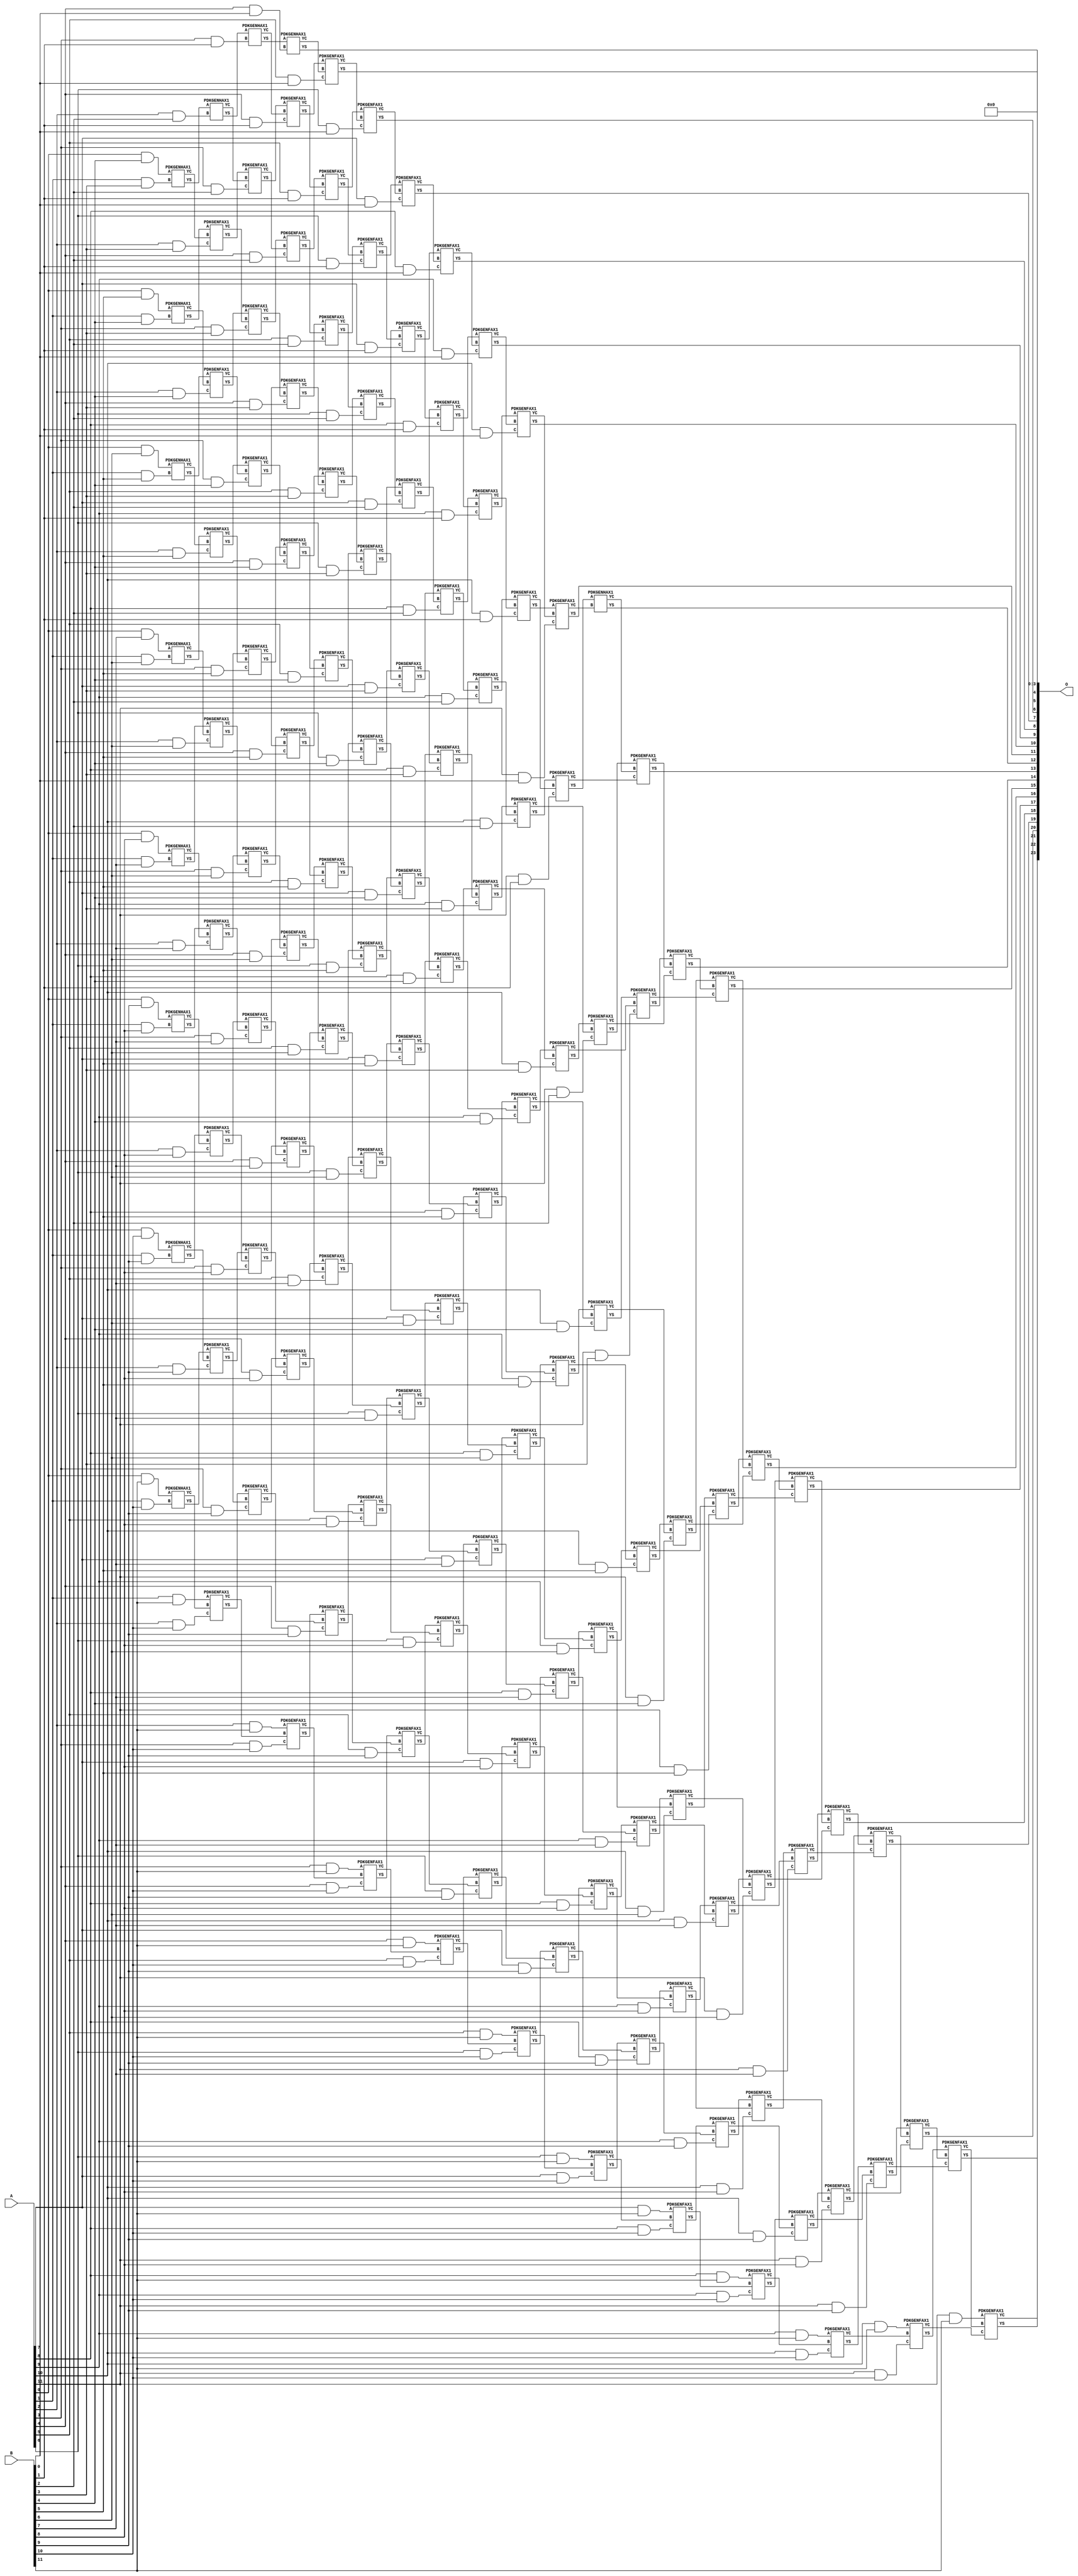
/***
* This code is a part of EvoApproxLib library (ehw.fit.vutbr.cz/approxlib) distributed under The MIT License.
* When used, please cite the following article(s): V. Mrazek, Z. Vasicek, L. Sekanina, H. Jiang and J. Han, "Scalable Construction of Approximate Multipliers With Formally Guaranteed Worst Case Error" in IEEE Transactions on Very Large Scale Integration (VLSI) Systems, vol. 26, no. 11, pp. 2572-2576, Nov. 2018. doi: 10.1109/TVLSI.2018.2856362 
* This file contains a circuit from a sub-set of pareto optimal circuits with respect to the pwr and mre parameters
***/
// MAE% = 0.000073 %
// MAE = 12 
// WCE% = 0.00029 %
// WCE = 49 
// WCRE% = 100.00 %
// EP% = 81.25 %
// MRE% = 0.005 %
// MSE = 248 
// PDK45_PWR = 1.120 mW
// PDK45_AREA = 1514.9 um2
// PDK45_DELAY = 2.25 ns


module mul12u_2EE ( A, B, O );
  input [11:0] A;
  input [11:0] B;
  output [23:0] O;

  wire C_10_0,C_10_1,C_10_10,C_10_2,C_10_3,C_10_4,C_10_5,C_10_6,C_10_7,C_10_8,C_10_9,C_11_0,C_11_1,C_11_10,C_11_2,C_11_3,C_11_4,C_11_5,C_11_6,C_11_7,C_11_8,C_11_9,C_12_0,C_12_1,C_12_10,C_12_2,C_12_3,C_12_4,C_12_5,C_12_6,C_12_7,C_12_8,C_12_9,C_1_10,C_1_3,C_1_4,C_1_5,C_1_6,C_1_7,C_1_8,C_1_9,C_2_10,C_2_2,C_2_3,C_2_4,C_2_5,C_2_6,C_2_7,C_2_8,C_2_9,C_3_1,C_3_10,C_3_2,C_3_3,C_3_4,C_3_5,C_3_6,C_3_7,C_3_8,C_3_9,C_4_0,C_4_1,C_4_10,C_4_2,C_4_3,C_4_4,C_4_5,C_4_6,C_4_7,C_4_8,C_4_9,C_5_0,C_5_1,C_5_10,C_5_2,C_5_3,C_5_4,C_5_5,C_5_6,C_5_7,C_5_8,C_5_9,C_6_0,C_6_1,C_6_10,C_6_2,C_6_3,C_6_4,C_6_5,C_6_6,C_6_7,C_6_8,C_6_9,C_7_0,C_7_1,C_7_10,C_7_2,C_7_3,C_7_4,C_7_5,C_7_6,C_7_7,C_7_8,C_7_9,C_8_0,C_8_1,C_8_10,C_8_2,C_8_3,C_8_4,C_8_5,C_8_6,C_8_7,C_8_8,C_8_9,C_9_0,C_9_1,C_9_10,C_9_2,C_9_3,C_9_4,C_9_5,C_9_6,C_9_7,C_9_8,C_9_9,S_0_10,S_0_11,S_0_4,S_0_5,S_0_6,S_0_7,S_0_8,S_0_9,S_10_0,S_10_1,S_10_10,S_10_11,S_10_2,S_10_3,S_10_4,S_10_5,S_10_6,S_10_7,S_10_8,S_10_9,S_11_0,S_11_1,S_11_10,S_11_11,S_11_2,S_11_3,S_11_4,S_11_5,S_11_6,S_11_7,S_11_8,S_11_9,S_12_0,S_12_1,S_12_10,S_12_11,S_12_2,S_12_3,S_12_4,S_12_5,S_12_6,S_12_7,S_12_8,S_12_9,S_1_10,S_1_11,S_1_3,S_1_4,S_1_5,S_1_6,S_1_7,S_1_8,S_1_9,S_2_10,S_2_11,S_2_2,S_2_3,S_2_4,S_2_5,S_2_6,S_2_7,S_2_8,S_2_9,S_3_1,S_3_10,S_3_11,S_3_2,S_3_3,S_3_4,S_3_5,S_3_6,S_3_7,S_3_8,S_3_9,S_4_0,S_4_1,S_4_10,S_4_11,S_4_2,S_4_3,S_4_4,S_4_5,S_4_6,S_4_7,S_4_8,S_4_9,S_5_0,S_5_1,S_5_10,S_5_11,S_5_2,S_5_3,S_5_4,S_5_5,S_5_6,S_5_7,S_5_8,S_5_9,S_6_0,S_6_1,S_6_10,S_6_11,S_6_2,S_6_3,S_6_4,S_6_5,S_6_6,S_6_7,S_6_8,S_6_9,S_7_0,S_7_1,S_7_10,S_7_11,S_7_2,S_7_3,S_7_4,S_7_5,S_7_6,S_7_7,S_7_8,S_7_9,S_8_0,S_8_1,S_8_10,S_8_11,S_8_2,S_8_3,S_8_4,S_8_5,S_8_6,S_8_7,S_8_8,S_8_9,S_9_0,S_9_1,S_9_10,S_9_11,S_9_2,S_9_3,S_9_4,S_9_5,S_9_6,S_9_7,S_9_8,S_9_9;

  assign S_0_4 = (A[0] & B[4]);
  assign S_0_5 = (A[0] & B[5]);
  assign S_0_6 = (A[0] & B[6]);
  assign S_0_7 = (A[0] & B[7]);
  assign S_0_8 = (A[0] & B[8]);
  assign S_0_9 = (A[0] & B[9]);
  assign S_0_10 = (A[0] & B[10]);
  assign S_0_11 = (A[0] & B[11]);
  PDKGENHAX1 U13360 (.A(S_0_4), .B((A[1] & B[3])), .YS(S_1_3), .YC(C_1_3));
  PDKGENHAX1 U13361 (.A(S_0_5), .B((A[1] & B[4])), .YS(S_1_4), .YC(C_1_4));
  PDKGENHAX1 U13362 (.A(S_0_6), .B((A[1] & B[5])), .YS(S_1_5), .YC(C_1_5));
  PDKGENHAX1 U13363 (.A(S_0_7), .B((A[1] & B[6])), .YS(S_1_6), .YC(C_1_6));
  PDKGENHAX1 U13364 (.A(S_0_8), .B((A[1] & B[7])), .YS(S_1_7), .YC(C_1_7));
  PDKGENHAX1 U13365 (.A(S_0_9), .B((A[1] & B[8])), .YS(S_1_8), .YC(C_1_8));
  PDKGENHAX1 U13366 (.A(S_0_10), .B((A[1] & B[9])), .YS(S_1_9), .YC(C_1_9));
  PDKGENHAX1 U13367 (.A(S_0_11), .B((A[1] & B[10])), .YS(S_1_10), .YC(C_1_10));
  assign S_1_11 = (A[1] & B[11]);
  PDKGENHAX1 U13371 (.A(S_1_3), .B((A[2] & B[2])), .YS(S_2_2), .YC(C_2_2));
  PDKGENFAX1 U13372 (.A(S_1_4), .B(C_1_3), .C((A[2] & B[3])), .YS(S_2_3), .YC(C_2_3));
  PDKGENFAX1 U13373 (.A(S_1_5), .B(C_1_4), .C((A[2] & B[4])), .YS(S_2_4), .YC(C_2_4));
  PDKGENFAX1 U13374 (.A(S_1_6), .B(C_1_5), .C((A[2] & B[5])), .YS(S_2_5), .YC(C_2_5));
  PDKGENFAX1 U13375 (.A(S_1_7), .B(C_1_6), .C((A[2] & B[6])), .YS(S_2_6), .YC(C_2_6));
  PDKGENFAX1 U13376 (.A(S_1_8), .B(C_1_7), .C((A[2] & B[7])), .YS(S_2_7), .YC(C_2_7));
  PDKGENFAX1 U13377 (.A(S_1_9), .B(C_1_8), .C((A[2] & B[8])), .YS(S_2_8), .YC(C_2_8));
  PDKGENFAX1 U13378 (.A(S_1_10), .B(C_1_9), .C((A[2] & B[9])), .YS(S_2_9), .YC(C_2_9));
  PDKGENFAX1 U13379 (.A(S_1_11), .B(C_1_10), .C((A[2] & B[10])), .YS(S_2_10), .YC(C_2_10));
  assign S_2_11 = (A[2] & B[11]);
  PDKGENHAX1 U13382 (.A(S_2_2), .B((A[3] & B[1])), .YS(S_3_1), .YC(C_3_1));
  PDKGENFAX1 U13383 (.A(S_2_3), .B(C_2_2), .C((A[3] & B[2])), .YS(S_3_2), .YC(C_3_2));
  PDKGENFAX1 U13384 (.A(S_2_4), .B(C_2_3), .C((A[3] & B[3])), .YS(S_3_3), .YC(C_3_3));
  PDKGENFAX1 U13385 (.A(S_2_5), .B(C_2_4), .C((A[3] & B[4])), .YS(S_3_4), .YC(C_3_4));
  PDKGENFAX1 U13386 (.A(S_2_6), .B(C_2_5), .C((A[3] & B[5])), .YS(S_3_5), .YC(C_3_5));
  PDKGENFAX1 U13387 (.A(S_2_7), .B(C_2_6), .C((A[3] & B[6])), .YS(S_3_6), .YC(C_3_6));
  PDKGENFAX1 U13388 (.A(S_2_8), .B(C_2_7), .C((A[3] & B[7])), .YS(S_3_7), .YC(C_3_7));
  PDKGENFAX1 U13389 (.A(S_2_9), .B(C_2_8), .C((A[3] & B[8])), .YS(S_3_8), .YC(C_3_8));
  PDKGENFAX1 U13390 (.A(S_2_10), .B(C_2_9), .C((A[3] & B[9])), .YS(S_3_9), .YC(C_3_9));
  PDKGENFAX1 U13391 (.A(S_2_11), .B(C_2_10), .C((A[3] & B[10])), .YS(S_3_10), .YC(C_3_10));
  assign S_3_11 = (A[3] & B[11]);
  PDKGENHAX1 U13393 (.A(S_3_1), .B((A[4] & B[0])), .YS(S_4_0), .YC(C_4_0));
  PDKGENFAX1 U13394 (.A(S_3_2), .B(C_3_1), .C((A[4] & B[1])), .YS(S_4_1), .YC(C_4_1));
  PDKGENFAX1 U13395 (.A(S_3_3), .B(C_3_2), .C((A[4] & B[2])), .YS(S_4_2), .YC(C_4_2));
  PDKGENFAX1 U13396 (.A(S_3_4), .B(C_3_3), .C((A[4] & B[3])), .YS(S_4_3), .YC(C_4_3));
  PDKGENFAX1 U13397 (.A(S_3_5), .B(C_3_4), .C((A[4] & B[4])), .YS(S_4_4), .YC(C_4_4));
  PDKGENFAX1 U13398 (.A(S_3_6), .B(C_3_5), .C((A[4] & B[5])), .YS(S_4_5), .YC(C_4_5));
  PDKGENFAX1 U13399 (.A(S_3_7), .B(C_3_6), .C((A[4] & B[6])), .YS(S_4_6), .YC(C_4_6));
  PDKGENFAX1 U13400 (.A(S_3_8), .B(C_3_7), .C((A[4] & B[7])), .YS(S_4_7), .YC(C_4_7));
  PDKGENFAX1 U13401 (.A(S_3_9), .B(C_3_8), .C((A[4] & B[8])), .YS(S_4_8), .YC(C_4_8));
  PDKGENFAX1 U13402 (.A(S_3_10), .B(C_3_9), .C((A[4] & B[9])), .YS(S_4_9), .YC(C_4_9));
  PDKGENFAX1 U13403 (.A(S_3_11), .B(C_3_10), .C((A[4] & B[10])), .YS(S_4_10), .YC(C_4_10));
  assign S_4_11 = (A[4] & B[11]);
  PDKGENFAX1 U13405 (.A(S_4_1), .B(C_4_0), .C((A[5] & B[0])), .YS(S_5_0), .YC(C_5_0));
  PDKGENFAX1 U13406 (.A(S_4_2), .B(C_4_1), .C((A[5] & B[1])), .YS(S_5_1), .YC(C_5_1));
  PDKGENFAX1 U13407 (.A(S_4_3), .B(C_4_2), .C((A[5] & B[2])), .YS(S_5_2), .YC(C_5_2));
  PDKGENFAX1 U13408 (.A(S_4_4), .B(C_4_3), .C((A[5] & B[3])), .YS(S_5_3), .YC(C_5_3));
  PDKGENFAX1 U13409 (.A(S_4_5), .B(C_4_4), .C((A[5] & B[4])), .YS(S_5_4), .YC(C_5_4));
  PDKGENFAX1 U13410 (.A(S_4_6), .B(C_4_5), .C((A[5] & B[5])), .YS(S_5_5), .YC(C_5_5));
  PDKGENFAX1 U13411 (.A(S_4_7), .B(C_4_6), .C((A[5] & B[6])), .YS(S_5_6), .YC(C_5_6));
  PDKGENFAX1 U13412 (.A(S_4_8), .B(C_4_7), .C((A[5] & B[7])), .YS(S_5_7), .YC(C_5_7));
  PDKGENFAX1 U13413 (.A(S_4_9), .B(C_4_8), .C((A[5] & B[8])), .YS(S_5_8), .YC(C_5_8));
  PDKGENFAX1 U13414 (.A(S_4_10), .B(C_4_9), .C((A[5] & B[9])), .YS(S_5_9), .YC(C_5_9));
  PDKGENFAX1 U13415 (.A(S_4_11), .B(C_4_10), .C((A[5] & B[10])), .YS(S_5_10), .YC(C_5_10));
  assign S_5_11 = (A[5] & B[11]);
  PDKGENFAX1 U13417 (.A(S_5_1), .B(C_5_0), .C((A[6] & B[0])), .YS(S_6_0), .YC(C_6_0));
  PDKGENFAX1 U13418 (.A(S_5_2), .B(C_5_1), .C((A[6] & B[1])), .YS(S_6_1), .YC(C_6_1));
  PDKGENFAX1 U13419 (.A(S_5_3), .B(C_5_2), .C((A[6] & B[2])), .YS(S_6_2), .YC(C_6_2));
  PDKGENFAX1 U13420 (.A(S_5_4), .B(C_5_3), .C((A[6] & B[3])), .YS(S_6_3), .YC(C_6_3));
  PDKGENFAX1 U13421 (.A(S_5_5), .B(C_5_4), .C((A[6] & B[4])), .YS(S_6_4), .YC(C_6_4));
  PDKGENFAX1 U13422 (.A(S_5_6), .B(C_5_5), .C((A[6] & B[5])), .YS(S_6_5), .YC(C_6_5));
  PDKGENFAX1 U13423 (.A(S_5_7), .B(C_5_6), .C((A[6] & B[6])), .YS(S_6_6), .YC(C_6_6));
  PDKGENFAX1 U13424 (.A(S_5_8), .B(C_5_7), .C((A[6] & B[7])), .YS(S_6_7), .YC(C_6_7));
  PDKGENFAX1 U13425 (.A(S_5_9), .B(C_5_8), .C((A[6] & B[8])), .YS(S_6_8), .YC(C_6_8));
  PDKGENFAX1 U13426 (.A(S_5_10), .B(C_5_9), .C((A[6] & B[9])), .YS(S_6_9), .YC(C_6_9));
  PDKGENFAX1 U13427 (.A(S_5_11), .B(C_5_10), .C((A[6] & B[10])), .YS(S_6_10), .YC(C_6_10));
  assign S_6_11 = (A[6] & B[11]);
  PDKGENFAX1 U13429 (.A(S_6_1), .B(C_6_0), .C((A[7] & B[0])), .YS(S_7_0), .YC(C_7_0));
  PDKGENFAX1 U13430 (.A(S_6_2), .B(C_6_1), .C((A[7] & B[1])), .YS(S_7_1), .YC(C_7_1));
  PDKGENFAX1 U13431 (.A(S_6_3), .B(C_6_2), .C((A[7] & B[2])), .YS(S_7_2), .YC(C_7_2));
  PDKGENFAX1 U13432 (.A(S_6_4), .B(C_6_3), .C((A[7] & B[3])), .YS(S_7_3), .YC(C_7_3));
  PDKGENFAX1 U13433 (.A(S_6_5), .B(C_6_4), .C((A[7] & B[4])), .YS(S_7_4), .YC(C_7_4));
  PDKGENFAX1 U13434 (.A(S_6_6), .B(C_6_5), .C((A[7] & B[5])), .YS(S_7_5), .YC(C_7_5));
  PDKGENFAX1 U13435 (.A(S_6_7), .B(C_6_6), .C((A[7] & B[6])), .YS(S_7_6), .YC(C_7_6));
  PDKGENFAX1 U13436 (.A(S_6_8), .B(C_6_7), .C((A[7] & B[7])), .YS(S_7_7), .YC(C_7_7));
  PDKGENFAX1 U13437 (.A(S_6_9), .B(C_6_8), .C((A[7] & B[8])), .YS(S_7_8), .YC(C_7_8));
  PDKGENFAX1 U13438 (.A(S_6_10), .B(C_6_9), .C((A[7] & B[9])), .YS(S_7_9), .YC(C_7_9));
  PDKGENFAX1 U13439 (.A(S_6_11), .B(C_6_10), .C((A[7] & B[10])), .YS(S_7_10), .YC(C_7_10));
  assign S_7_11 = (A[7] & B[11]);
  PDKGENFAX1 U13441 (.A(S_7_1), .B(C_7_0), .C((A[8] & B[0])), .YS(S_8_0), .YC(C_8_0));
  PDKGENFAX1 U13442 (.A(S_7_2), .B(C_7_1), .C((A[8] & B[1])), .YS(S_8_1), .YC(C_8_1));
  PDKGENFAX1 U13443 (.A(S_7_3), .B(C_7_2), .C((A[8] & B[2])), .YS(S_8_2), .YC(C_8_2));
  PDKGENFAX1 U13444 (.A(S_7_4), .B(C_7_3), .C((A[8] & B[3])), .YS(S_8_3), .YC(C_8_3));
  PDKGENFAX1 U13445 (.A(S_7_5), .B(C_7_4), .C((A[8] & B[4])), .YS(S_8_4), .YC(C_8_4));
  PDKGENFAX1 U13446 (.A(S_7_6), .B(C_7_5), .C((A[8] & B[5])), .YS(S_8_5), .YC(C_8_5));
  PDKGENFAX1 U13447 (.A(S_7_7), .B(C_7_6), .C((A[8] & B[6])), .YS(S_8_6), .YC(C_8_6));
  PDKGENFAX1 U13448 (.A(S_7_8), .B(C_7_7), .C((A[8] & B[7])), .YS(S_8_7), .YC(C_8_7));
  PDKGENFAX1 U13449 (.A(S_7_9), .B(C_7_8), .C((A[8] & B[8])), .YS(S_8_8), .YC(C_8_8));
  PDKGENFAX1 U13450 (.A(S_7_10), .B(C_7_9), .C((A[8] & B[9])), .YS(S_8_9), .YC(C_8_9));
  PDKGENFAX1 U13451 (.A(S_7_11), .B(C_7_10), .C((A[8] & B[10])), .YS(S_8_10), .YC(C_8_10));
  assign S_8_11 = (A[8] & B[11]);
  PDKGENFAX1 U13453 (.A(S_8_1), .B(C_8_0), .C((A[9] & B[0])), .YS(S_9_0), .YC(C_9_0));
  PDKGENFAX1 U13454 (.A(S_8_2), .B(C_8_1), .C((A[9] & B[1])), .YS(S_9_1), .YC(C_9_1));
  PDKGENFAX1 U13455 (.A(S_8_3), .B(C_8_2), .C((A[9] & B[2])), .YS(S_9_2), .YC(C_9_2));
  PDKGENFAX1 U13456 (.A(S_8_4), .B(C_8_3), .C((A[9] & B[3])), .YS(S_9_3), .YC(C_9_3));
  PDKGENFAX1 U13457 (.A(S_8_5), .B(C_8_4), .C((A[9] & B[4])), .YS(S_9_4), .YC(C_9_4));
  PDKGENFAX1 U13458 (.A(S_8_6), .B(C_8_5), .C((A[9] & B[5])), .YS(S_9_5), .YC(C_9_5));
  PDKGENFAX1 U13459 (.A(S_8_7), .B(C_8_6), .C((A[9] & B[6])), .YS(S_9_6), .YC(C_9_6));
  PDKGENFAX1 U13460 (.A(S_8_8), .B(C_8_7), .C((A[9] & B[7])), .YS(S_9_7), .YC(C_9_7));
  PDKGENFAX1 U13461 (.A(S_8_9), .B(C_8_8), .C((A[9] & B[8])), .YS(S_9_8), .YC(C_9_8));
  PDKGENFAX1 U13462 (.A(S_8_10), .B(C_8_9), .C((A[9] & B[9])), .YS(S_9_9), .YC(C_9_9));
  PDKGENFAX1 U13463 (.A(S_8_11), .B(C_8_10), .C((A[9] & B[10])), .YS(S_9_10), .YC(C_9_10));
  assign S_9_11 = (A[9] & B[11]);
  PDKGENFAX1 U13465 (.A(S_9_1), .B(C_9_0), .C((A[10] & B[0])), .YS(S_10_0), .YC(C_10_0));
  PDKGENFAX1 U13466 (.A(S_9_2), .B(C_9_1), .C((A[10] & B[1])), .YS(S_10_1), .YC(C_10_1));
  PDKGENFAX1 U13467 (.A(S_9_3), .B(C_9_2), .C((A[10] & B[2])), .YS(S_10_2), .YC(C_10_2));
  PDKGENFAX1 U13468 (.A(S_9_4), .B(C_9_3), .C((A[10] & B[3])), .YS(S_10_3), .YC(C_10_3));
  PDKGENFAX1 U13469 (.A(S_9_5), .B(C_9_4), .C((A[10] & B[4])), .YS(S_10_4), .YC(C_10_4));
  PDKGENFAX1 U13470 (.A(S_9_6), .B(C_9_5), .C((A[10] & B[5])), .YS(S_10_5), .YC(C_10_5));
  PDKGENFAX1 U13471 (.A(S_9_7), .B(C_9_6), .C((A[10] & B[6])), .YS(S_10_6), .YC(C_10_6));
  PDKGENFAX1 U13472 (.A(S_9_8), .B(C_9_7), .C((A[10] & B[7])), .YS(S_10_7), .YC(C_10_7));
  PDKGENFAX1 U13473 (.A(S_9_9), .B(C_9_8), .C((A[10] & B[8])), .YS(S_10_8), .YC(C_10_8));
  PDKGENFAX1 U13474 (.A(S_9_10), .B(C_9_9), .C((A[10] & B[9])), .YS(S_10_9), .YC(C_10_9));
  PDKGENFAX1 U13475 (.A(S_9_11), .B(C_9_10), .C((A[10] & B[10])), .YS(S_10_10), .YC(C_10_10));
  assign S_10_11 = (A[10] & B[11]);
  PDKGENFAX1 U13477 (.A(S_10_1), .B(C_10_0), .C((A[11] & B[0])), .YS(S_11_0), .YC(C_11_0));
  PDKGENFAX1 U13478 (.A(S_10_2), .B(C_10_1), .C((A[11] & B[1])), .YS(S_11_1), .YC(C_11_1));
  PDKGENFAX1 U13479 (.A(S_10_3), .B(C_10_2), .C((A[11] & B[2])), .YS(S_11_2), .YC(C_11_2));
  PDKGENFAX1 U13480 (.A(S_10_4), .B(C_10_3), .C((A[11] & B[3])), .YS(S_11_3), .YC(C_11_3));
  PDKGENFAX1 U13481 (.A(S_10_5), .B(C_10_4), .C((A[11] & B[4])), .YS(S_11_4), .YC(C_11_4));
  PDKGENFAX1 U13482 (.A(S_10_6), .B(C_10_5), .C((A[11] & B[5])), .YS(S_11_5), .YC(C_11_5));
  PDKGENFAX1 U13483 (.A(S_10_7), .B(C_10_6), .C((A[11] & B[6])), .YS(S_11_6), .YC(C_11_6));
  PDKGENFAX1 U13484 (.A(S_10_8), .B(C_10_7), .C((A[11] & B[7])), .YS(S_11_7), .YC(C_11_7));
  PDKGENFAX1 U13485 (.A(S_10_9), .B(C_10_8), .C((A[11] & B[8])), .YS(S_11_8), .YC(C_11_8));
  PDKGENFAX1 U13486 (.A(S_10_10), .B(C_10_9), .C((A[11] & B[9])), .YS(S_11_9), .YC(C_11_9));
  PDKGENFAX1 U13487 (.A(S_10_11), .B(C_10_10), .C((A[11] & B[10])), .YS(S_11_10), .YC(C_11_10));
  assign S_11_11 = (A[11] & B[11]);
  PDKGENHAX1 U13489 (.A(S_11_1), .B(C_11_0), .YS(S_12_0), .YC(C_12_0));
  PDKGENFAX1 U13490 (.A(S_11_2), .B(C_12_0), .C(C_11_1), .YS(S_12_1), .YC(C_12_1));
  PDKGENFAX1 U13491 (.A(S_11_3), .B(C_12_1), .C(C_11_2), .YS(S_12_2), .YC(C_12_2));
  PDKGENFAX1 U13492 (.A(S_11_4), .B(C_12_2), .C(C_11_3), .YS(S_12_3), .YC(C_12_3));
  PDKGENFAX1 U13493 (.A(S_11_5), .B(C_12_3), .C(C_11_4), .YS(S_12_4), .YC(C_12_4));
  PDKGENFAX1 U13494 (.A(S_11_6), .B(C_12_4), .C(C_11_5), .YS(S_12_5), .YC(C_12_5));
  PDKGENFAX1 U13495 (.A(S_11_7), .B(C_12_5), .C(C_11_6), .YS(S_12_6), .YC(C_12_6));
  PDKGENFAX1 U13496 (.A(S_11_8), .B(C_12_6), .C(C_11_7), .YS(S_12_7), .YC(C_12_7));
  PDKGENFAX1 U13497 (.A(S_11_9), .B(C_12_7), .C(C_11_8), .YS(S_12_8), .YC(C_12_8));
  PDKGENFAX1 U13498 (.A(S_11_10), .B(C_12_8), .C(C_11_9), .YS(S_12_9), .YC(C_12_9));
  PDKGENFAX1 U13499 (.A(S_11_11), .B(C_12_9), .C(C_11_10), .YS(S_12_10), .YC(C_12_10));
  assign S_12_11 = C_12_10;
  assign O = {S_12_11,S_12_10,S_12_9,S_12_8,S_12_7,S_12_6,S_12_5,S_12_4,S_12_3,S_12_2,S_12_1,S_12_0,S_11_0,S_10_0,S_9_0,S_8_0,S_7_0,S_6_0,S_5_0,S_4_0,1'b0,1'b0,1'b0,1'b0};

endmodule

/* mod */
module PDKGENHAX1( input A, input B, output YS, output YC );
    assign YS = A ^ B;
    assign YC = A & B;
endmodule
/* mod */
module PDKGENFAX1( input A, input B, input C, output YS, output YC );
    assign YS = (A ^ B) ^ C;
    assign YC = (A & B) | (B & C) | (A & C);
endmodule